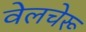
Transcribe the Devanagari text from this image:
वेलचेरू